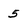
Character: 5